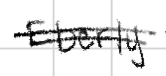
Text: Eberly
Cross-out: double-line
Writing tool: digital_black